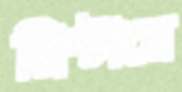
প্রিন্টারে